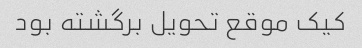
کیک موقع تحویل برگشته بود